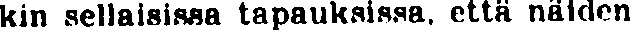
kin sellaisissa tapauksissa, että näiden